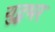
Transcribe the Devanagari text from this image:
युद्धभर